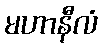
မဟာနီလံ